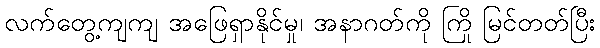
လက်တွေ့ကျကျ အဖြေရှာနိုင်မှု၊ အနာဂတ်ကို ကြို မြင်တတ်ပြီး